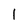
Character: 1